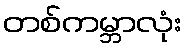
တစ်ကမ္ဘာလုံး